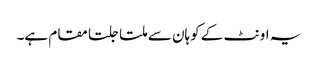
یہ اونٹ کے کوہان سے ملتا جلتا مقام ہے۔